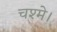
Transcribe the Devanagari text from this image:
चश्मे।